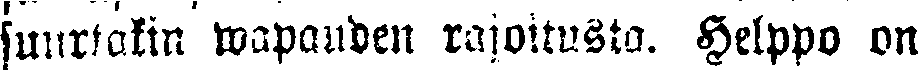
suurtakin wapauden rajoitusta. Helppo on